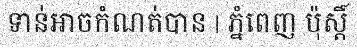
ទាន់អាចកំណត់បាន | ភ្នំពេញ ប៉ុស្តិ៍